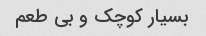
بسیار کوچک و بی طعم